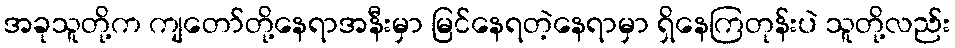
အခုသူတို့က ကျတော်တို့နေရာအနီးမှာ မြင်နေရတဲ့နေရာမှာ ရှိနေကြတုန်းပဲ သူတို့လည်း